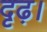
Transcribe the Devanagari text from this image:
दृढ़।